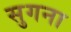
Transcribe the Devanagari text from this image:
सुगना